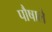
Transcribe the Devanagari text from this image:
पौषाले